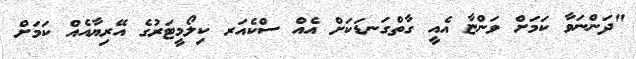
"ދަންނަވާ ކަމަށް ވަންޏާ އެއީ ގާތްގަނޑަކަށް އެއް ސްކެއަރ ކިލޯމީޓަރުގެ އޭރިޔާއެއް ކަމަށް